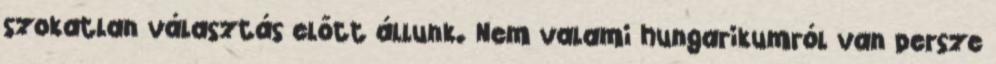
szokatlan választás előtt állunk. Nem valami hungarikumról van persze